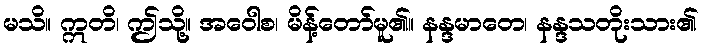
မသိ။ ဣတိ၊ ဤသို့။ အဝေါစ၊ မိန့်တော်မူ၏။ နန္ဒမာတေ၊ နန္ဒသတိုးသား၏